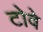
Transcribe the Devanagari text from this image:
टोवे